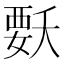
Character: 𭒍